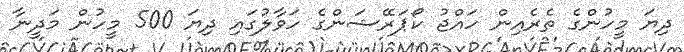
ދިޔަ މީހުންގެ ތެރެއިން ހައްޖު ކޯޕަރޭޝަންގެ ހަވާލުގައި ދިޔަ 500 މީހުން މަދީނާ